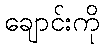
ချောင်းကို